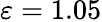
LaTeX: \varepsilon=1.05